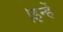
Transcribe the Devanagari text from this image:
।इन्हें